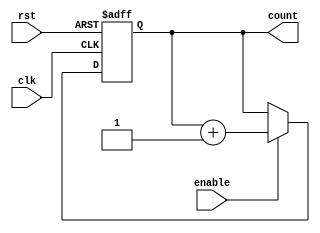
module up_counter (
    input wire clk,          // Clock input
    input wire enable,       // Enable signal
    input wire rst,          // Reset signal
    output reg [N-1:0] count // Counter output (N-bit)
);
    parameter N = 4; // Number of bits in the counter

    // Always block triggered on the rising edge of the clock
    always @(posedge clk or posedge rst) begin
        if (rst) begin
            count <= 0; // Reset the counter to zero
        end else if (enable) begin
            count <= count + 1; // Increment the counter
        end
        // If enable is low, count retains its value
    end
endmodule